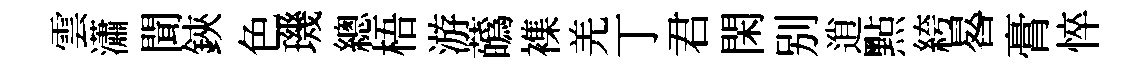
雲瀟聞鋏色璣總梧游蘤襍羌丁君閑别逍㸃絝晷膏悴